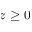
z \geq 0